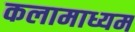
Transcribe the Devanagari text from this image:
कलामाध्यम